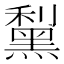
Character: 䵩